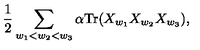
{ \frac { 1 } { 2 } } \sum _ { w _ { 1 } < w _ { 2 } < w _ { 3 } } \alpha \mathrm { T r } ( X _ { w _ { 1 } } X _ { w _ { 2 } } X _ { w _ { 3 } } ) ,